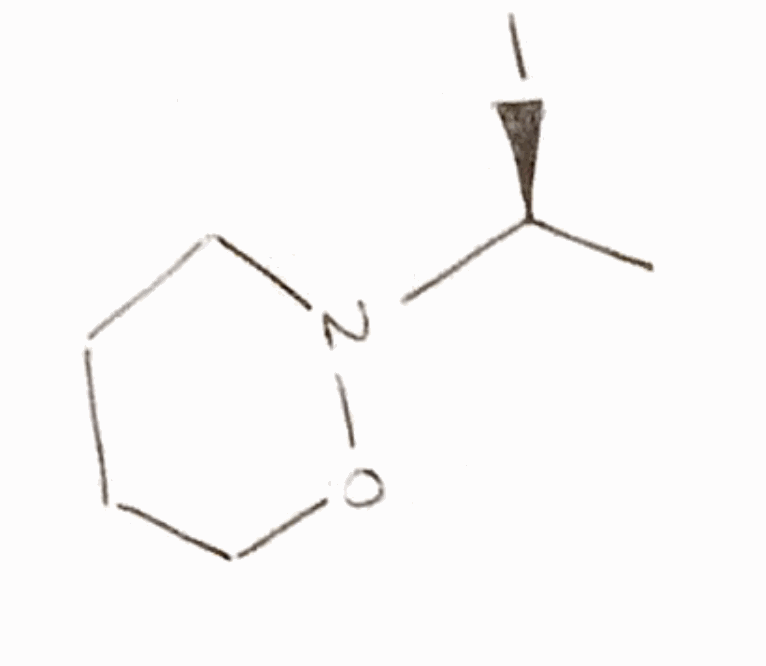
Simplified molecular-input line-entry system (SMILES) notation of the given molecule:
C[C@@H](N1CCCCO1)I